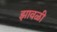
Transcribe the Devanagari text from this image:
झावळी